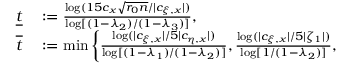
\begin{array} { r l } { \underline { { t } } } & { { } : = \frac { \log ( 1 5 c _ { x } \sqrt { r _ { 0 } n } / | c _ { \xi , x } | ) } { \log [ ( 1 - \lambda _ { 2 } ) / ( 1 - \lambda _ { 3 } ) ] } , } \\ { \overline { { t } } } & { { } : = \operatorname* { m i n } \bigg \{ \frac { \log ( | c _ { \xi , x } | / 5 | c _ { \eta , x } | ) } { \log [ ( 1 - \lambda _ { 1 } ) / ( 1 - \lambda _ { 2 } ) ] } , \frac { \log ( | c _ { \xi , x } | / 5 | \zeta _ { 1 } | ) } { \log [ 1 / ( 1 - \lambda _ { 2 } ) ] } , } \end{array}